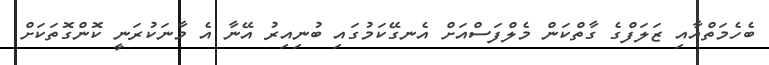
ބެހެމަތްއާއި ޒަލަފްގެ ގާތްކަން މެލްފަސްއަށް އެނގޭކަމުގައި ބުނިއިރު އޭނާ އެ މާނަކުރަނީ ކޮންގޮތަކަށް